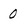
Character: 0